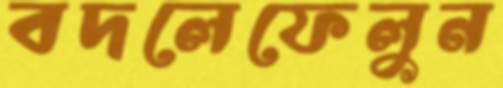
বদলেফেলুন